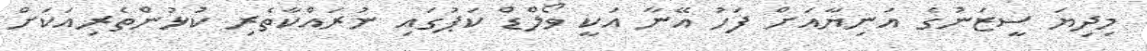
މިދިޔަ ސީޒަނުގެ އަނިޔާއަށް ފަހު އޭނާ އަކީ ވޯލްޑް ކަޕުގައި ނުރައްކާތެރި ކުޅުންތެރިއަކަށް